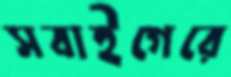
সবাইগেরে